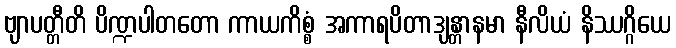
ဗျာပတ္တီတိ ပိဏ္ဍပါတတော ကာယကိစ္စံ အကာရပိတာဒျန္တာနမာ နီလိယံ နိဿဂ္ဂိယေ